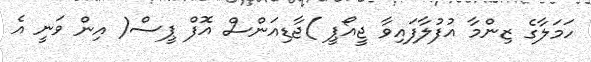
ހަމަލާގެ ޒިންމާ އުފުލާފައިވާ ޖީއޯޕީ )ޖާޑިއަންސް އޮފް ޕީސް( އިން ވަނީ އެ